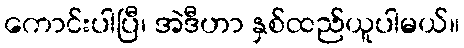
ကောင်းပါပြီ၊ အဲဒီဟာ နှစ်ထည်ယူပါမယ်။